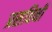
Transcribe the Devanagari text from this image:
प्रसविनी